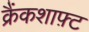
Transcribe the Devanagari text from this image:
क्रैंकशाफ़्ट